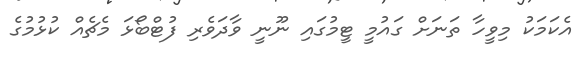
އެކަމަކު މިވީހާ ތަނަށް ގައުމީ ޓީމުގައި ނޫނީ ވާދަވެރި ފުޓްބޯޅަ މެޗެއް ކުޅުމުގެ